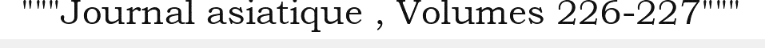
"""Journal asiatique , Volumes 226-227"""